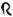
Text: R